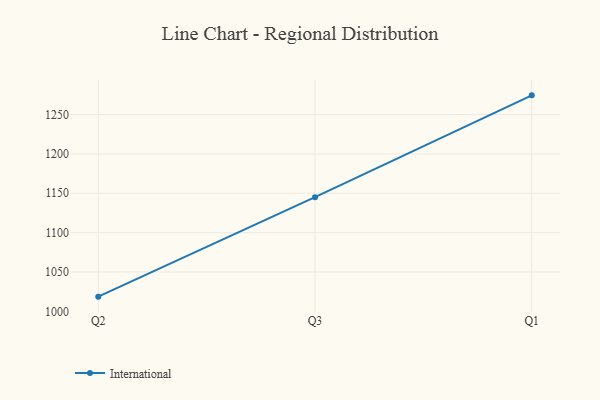
{"axis": {"x": "Quarter", "y": "Shipments"}, "legend": ["International"], "data": [{"x": "Q2", "y": 1018.7, "type": "International"}, {"x": "Q3", "y": 1145.1, "type": "International"}, {"x": "Q1", "y": 1274.4, "type": "International"}]}